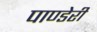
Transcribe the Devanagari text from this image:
पाण्डेरी